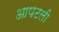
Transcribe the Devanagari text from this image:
आपटली